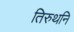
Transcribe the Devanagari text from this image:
तिरुथनि